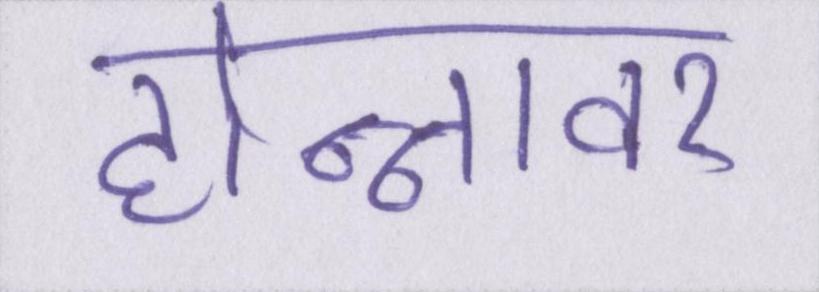
होन्नावर